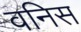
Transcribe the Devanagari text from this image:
वनिस